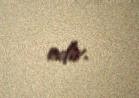
edir.